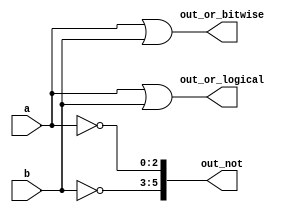
//2022-06-04 
//Bitwise operatorsVectorgates)
module top_module( 
    input [2:0] a,
    input [2:0] b,
    output [2:0] out_or_bitwise,
    output out_or_logical,
    output [5:0] out_not
);
    
    assign out_or_bitwise = a|b;
    assign out_or_logical = a||b;
    assign out_not = {~b[2:0],~a[2:0]};

endmodule